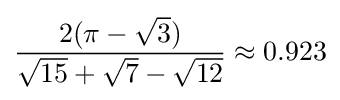
{\frac {2(\pi -{\sqrt {3}})}{{\sqrt {15}}+{\sqrt {7}}-{\sqrt {12}}}}\approx 0.923